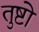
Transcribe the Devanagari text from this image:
तुष्टो